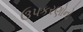
ઉપકરણોનો